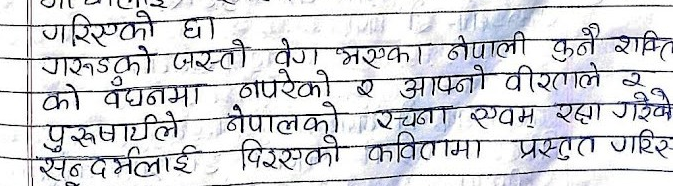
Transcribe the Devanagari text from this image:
गरिएको छ
गरुडको जस्तो वेग भएका नेपाली कुनै शक्ति
को बन्धनमा नपरेको र आफ्नो वीरताले र
पुरुषार्थले नेपालको रचना स्वयम् रक्षा गरिएको
सन्दर्भलाई पिरस्केको कवितामा प्रस्तुत गरिस्